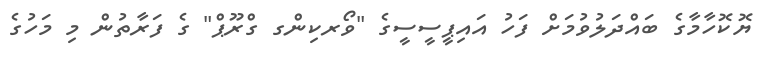
ޔޮކޮހާމާގެ ބައްދަލުވުމަށް ފަހު އައިޕީސީސީގެ "ވޯރކިންގ ގްރޫޕް" ގެ ފަރާތުން މި މަހުގެ